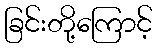
ခြင်းတို့ကြောင့်